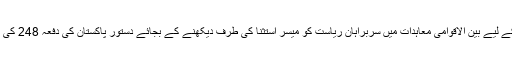
اس سوال کے جواب کے لیے بین الاقوامی معاہدات میں سربراہانِ ریاست کو میسر استثنا کی طرف دیکھنے کے بجائے دستورِ پاکستان کی دفعہ 248 کی طرف دیکھنا پڑے گا۔